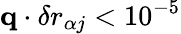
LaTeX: {\mathbf q}\cdot{\mathbf\delta r}_{\alpha j}<10^{-5}